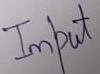
Text: Input